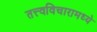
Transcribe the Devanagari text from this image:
तत्त्वविचारामध्ये